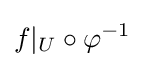
f|_{U}\circ \varphi ^{-1}